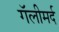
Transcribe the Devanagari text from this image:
गॅलीमर्द